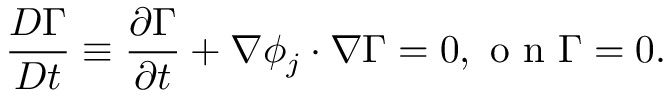
\frac { D \Gamma } { D t } \equiv \frac { \partial \Gamma } { \partial t } + \nabla \phi _ { j } \cdot \nabla \Gamma = 0 , \mathrm { ~ o ~ n ~ } \Gamma = 0 .